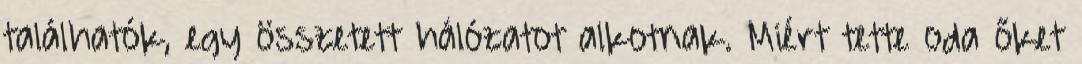
találhatók, egy összetett hálózatot alkotnak. Miért tette oda őket